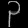
Digit: ၃